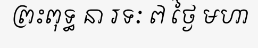
ព្រះពុទ្ធ នា រទៈ ៧ ថ្ងៃ មហា